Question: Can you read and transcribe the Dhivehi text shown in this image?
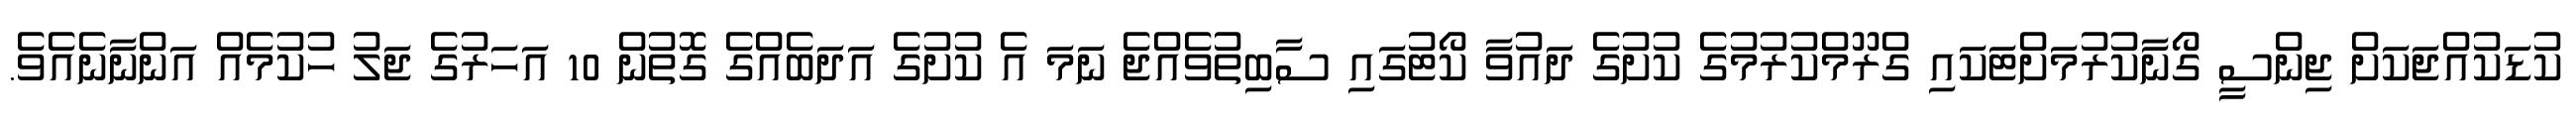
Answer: ކުޑަކުއްޖަކަށް ޖިންސީ ގޯނާކުރުމަށްޓަކައި ގްރޫމްކުރުމުގެ ކުށުގެ ދައުވާ ކޯޓުގައި ސާބިތުވެއްޖެ ނަމަ އެ ކުށުގެ އަދަބެއްގެ ގޮތުން 10 އަހަރުގެ ޖަލު ހުކުމެއް އަންނާނެއެވެ.